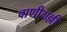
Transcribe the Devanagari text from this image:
वाणीगल्ली